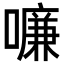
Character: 𠿳